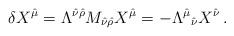
LaTeX: \begin{align*}\delta X^{\hat\mu}=\Lambda^{\hat\nu\hat\rho}M_{\hat\nu\hat\rho}X^{\hat\mu}=-\Lambda^{\hat\mu}{}_{\hat\nu} X^{\hat\nu}\,.\end{align*}